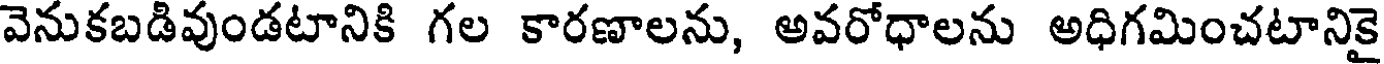
వెనుకబడివుండటానికి గల కారణాలను, అవరోధాలను అధిగమించటానికై